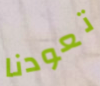
تعودنا